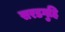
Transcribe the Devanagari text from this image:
सरडगुहि